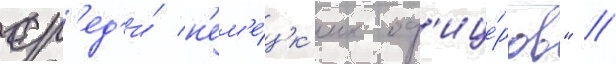
ср'ед'и́ н'ем'е́цк'их оф'ице́ров" //